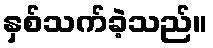
နှစ်သက်ခဲ့သည်။